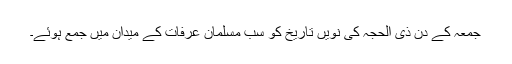
جمعہ کے دن ذی الحجہ کی نویں تاریخ کو سب مسلمان عرفات کے میدان میں جمع ہوئے۔